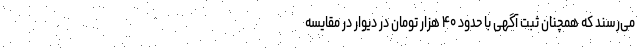
می‌رسند که همچنان ثبت آگهی با حدود ۴۰ هزار تومان در دیوار در مقایسه